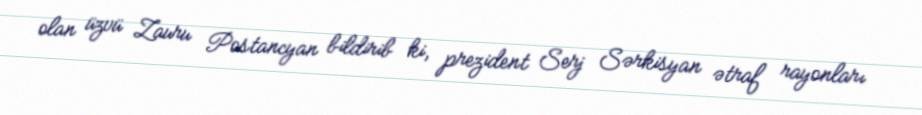
olan üzvü Zauru Postancyan bildirib ki, prezident Serj Sərkisyan ətraf rayonları